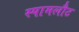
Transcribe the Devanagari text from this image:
स्पामलौट